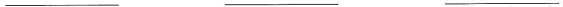
___ ___ ___